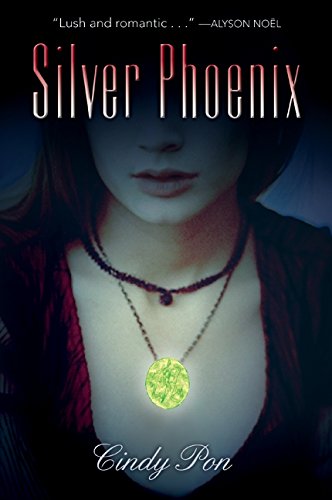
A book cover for Silver Phoenix; Cindy Pon; Teen & Young Adult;